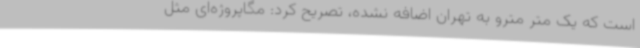
است که یک متر مترو به تهران اضافه نشده، تصریح کرد: مگاپروژه‌ای مثل